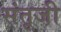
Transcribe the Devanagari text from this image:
संतूजी